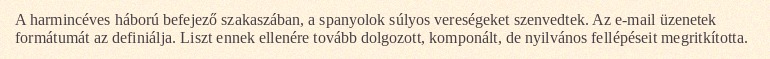
A harmincéves háború befejező szakaszában, a spanyolok súlyos vereségeket szenvedtek. Az e-mail üzenetek formátumát az definiálja. Liszt ennek ellenére tovább dolgozott, komponált, de nyilvános fellépéseit megritkította.